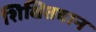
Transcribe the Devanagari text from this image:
शिक्षितवान